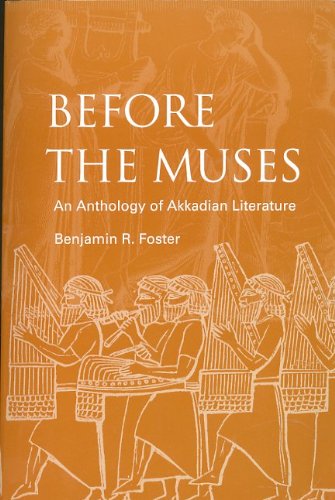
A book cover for Before The Muses: An Anthology Of Akkadian Literature; Benjamin R. Foster; Literature & Fiction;